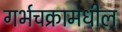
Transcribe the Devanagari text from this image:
गर्भचक्रामधील